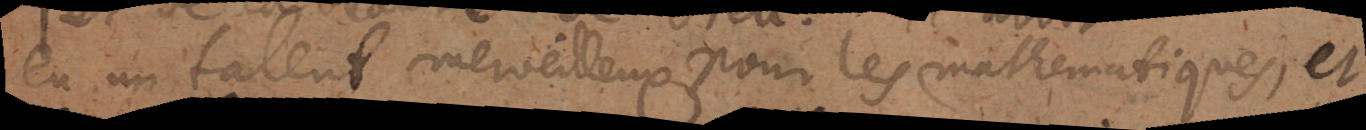
eu un talent merveilleux pour les mathématiques, et